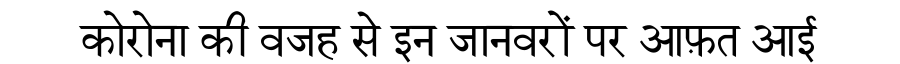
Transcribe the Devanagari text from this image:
कोरोना की वजह से इन जानवरों पर आफ़त आई